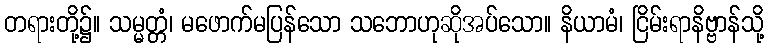
တရားတို့၌။ သမ္မတ္တံ၊ မဖောက်မပြန်သော သဘောဟုဆိုအပ်သော။ နိယာမံ၊ ငြိမ်းရာနိဗ္ဗာန်သို့